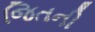
જિતની